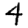
Digit: 4